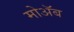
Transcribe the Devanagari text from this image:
मोअॅब